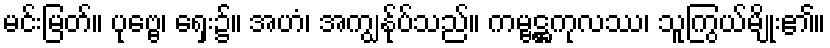
မင်းမြတ်။ ပုဗ္ဗေ၊ ရှေး၌။ အဟံ၊ အကျွန်ုပ်သည်။ ကမ္ဗဋ္ဌကုလဿ၊ သူကြွယ်မျိုး၏။